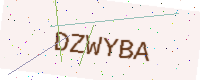
Text: DZWYBA